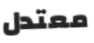
معتدل